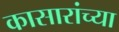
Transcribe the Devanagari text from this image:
कासारांच्या